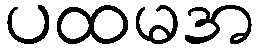
ပထမအ